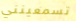
تسمعينني